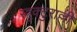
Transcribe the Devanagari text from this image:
स्त्रुक्टुराल्ली